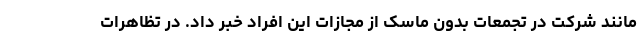
مانند شرکت در تجمعات بدون ماسک از مجازات این افراد خبر داد. در تظاهرات